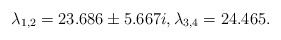
\begin{align*}\lambda_{1,2} = 23.686\pm 5.667 i, \lambda_{3,4} = 24.465.\end{align*}